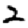
Digit: 2